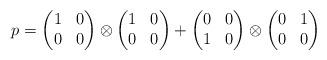
LaTeX: \begin{align*} p =\begin{pmatrix}1 & 0 \\0 & 0\end{pmatrix} \otimes \begin{pmatrix}1 & 0 \\0 & 0\end{pmatrix}+\begin{pmatrix}0 & 0 \\1 & 0\end{pmatrix} \otimes\begin{pmatrix}0 & 1 \\0 & 0\end{pmatrix}\end{align*}